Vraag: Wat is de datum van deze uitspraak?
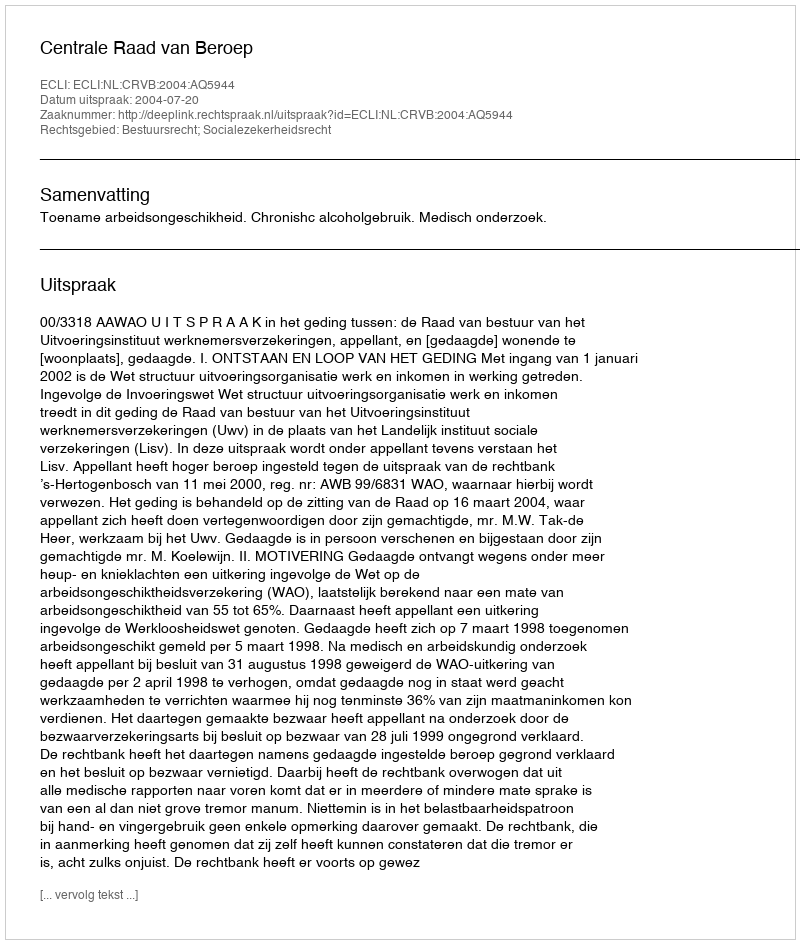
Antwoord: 2004-07-20